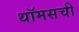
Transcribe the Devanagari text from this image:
थॉमसची